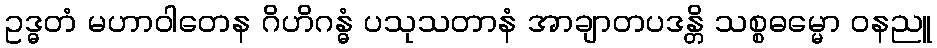
ဥဒ္ဓတံ မဟာဝါတေန ဂိဟိဂန္ဓံ ပသုသတာနံ အာချာတပဒန္တိ သစ္စဓမ္မော ဝနညူ